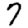
Digit: 7